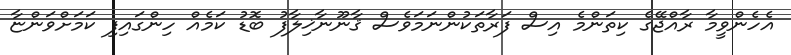
އެހެންވީމާ ރާއްޖޭގެ ކިތަންމެ އިސް ފަރާތަކުންނަމަވެސް ޤާނޫނާޚިލާފު ބޮޑު ކަމެއް ހިންގައިފި ކަމަށްވަންޏާ